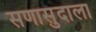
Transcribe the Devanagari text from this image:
सणासुदाला